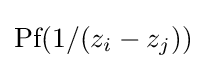
{\text{Pf}}(1/(z_{i}-z_{j}))